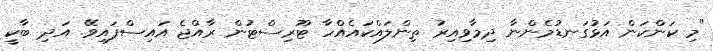
"މި ކަންކަން އަޅުގަނޑުމެންނާ ދިމާވިއިރު ތިންލައްކައެއްހާ ޓޫރިސްޓުން ރާއްޖެ އައިސްފައިވޭ. އަދި ބާކީ